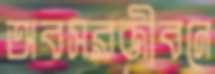
অবসরজীবনে